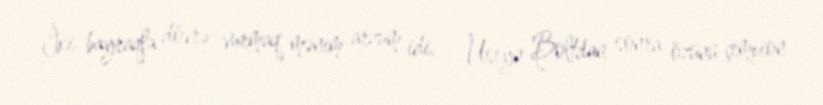
İki bayraqla dövrə vurmaq mənim arzum idi. - Useyn Boltdan sonra özünü çempion